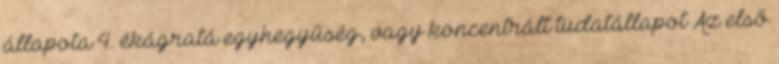
állapota 4. ékágratá egyhegyűség, vagy koncentrált tudatállapot Az első